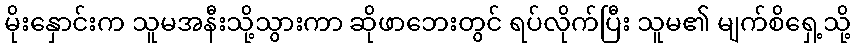
မိုးနှောင်းက သူမအနီးသို့သွားကာ ဆိုဖာဘေးတွင် ရပ်လိုက်ပြီး သူမ၏ မျက်စိရှေ့သို့